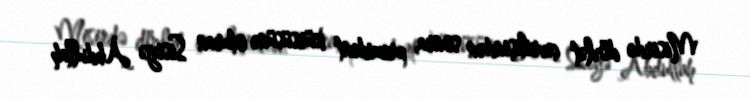
Misirdə dövlət çevrilişindən sonra, prezident kürsüsünə oturan Sisiyə Abdullah